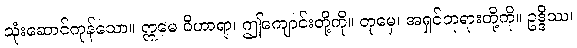
သုံးဆောင်ကုန်သော။ ဣမေ ဝိဟာရာ၊ ဤကျောင်းတို့ကို။ တုမှေ၊ အရှင်ဘုရားတို့ကို။ ဥဒ္ဒိဿ၊